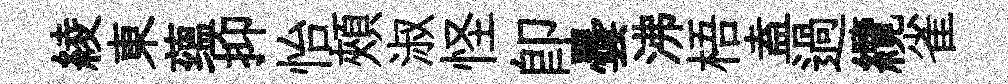
綾東蕴抑怡頰淑怪即曇沸梧盍過纜雀